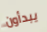
يبدأون